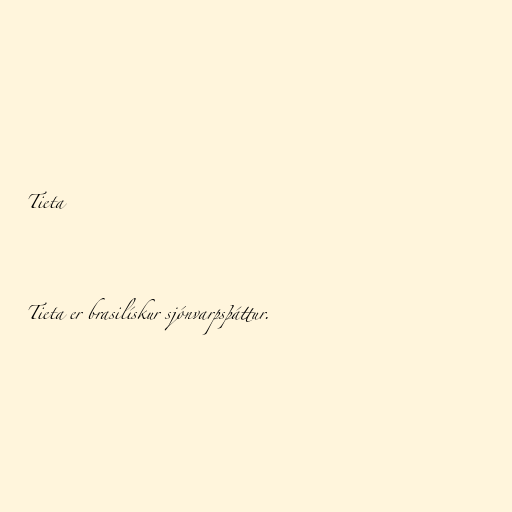
Tieta

Tieta er brasilískur sjónvarpsþáttur.